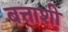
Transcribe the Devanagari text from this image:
बत्ताशी